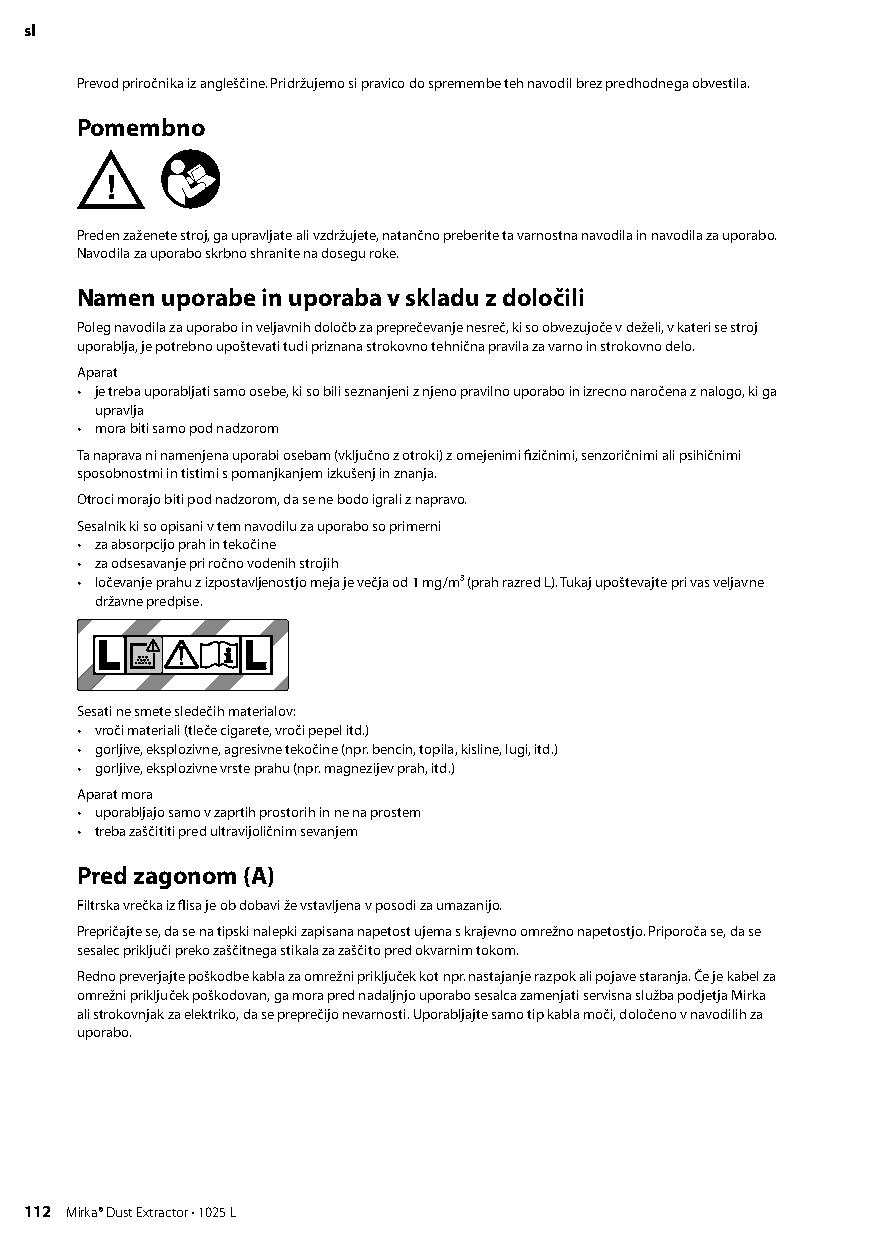
sl
 Prevod priročnika iz angleščine Pridržujemo si pravico do spremembe teh navodil brez predhodnega obvestila
 Pomembno
 Preden zaženete stroj, ga upravljate ali vzdržujete, natančno preberite ta varnostna navodila in navodila za uporabo
 Navodila za uporabo skrbno shranite na dosegu roke
 Namen uporabe in uporaba v skladu z določili
 Poleg navodila za uporabo in veljavnih določb za preprečevanje nesreč, ki so obvezujoče v deželi, v kateri se stroj
 uporablja, je potrebno upoštevati tudi priznana strokovno tehnična pravila za varno in strokovno delo
 Aparat
 • je treba uporabljati samo osebe, ki so bili seznanjeni z njeno pravilno uporabo in izrecno naročena z nalogo, ki ga
 upravlja
 • mora biti samo pod nadzorom
 Ta naprava ni namenjena uporabi osebam (vključno z otroki) z omejenimi fizičnimi, senzoričnimi ali psihičnimi
 sposobnostmi in tistimi s pomanjkanjem izkušenj in znanja
 Otroci morajo biti pod nadzorom, da se ne bodo igrali z napravo
 Sesalnik ki so opisani v tem navodilu za uporabo so primerni
 • za absorpcijo prah in tekočine
 • za odsesavanje pri ročno vodenih strojih
 • ločevanje prahu z izpostavljenostjo meja je večja od 1 mg/m³ (prah razred L) Tukaj upoštevajte pri vas veljavne
 državne predpise
 Sesati ne smete sledečih materialov:
 • vroči materiali (tleče cigarete, vroči pepel itd )
 • gorljive, eksplozivne, agresivne tekočine (npr bencin, topila, kisline, lugi, itd )
 • gorljive, eksplozivne vrste prahu (npr magnezijev prah, itd )
 Aparat mora
 • uporabljajo samo v zaprtih prostorih in ne na prostem
 • treba zaščititi pred ultravijoličnim sevanjem
 Pred zagonom (A)
 Filtrska vrečka iz flisa je ob dobavi že vstavljena v posodi za umazanijo
 Prepričajte se, da se na tipski nalepki zapisana napetost ujema s krajevno omrežno napetostjo Priporoča se, da se
 sesalec priključi preko zaščitnega stikala za zaščito pred okvarnim tokom
 Redno preverjajte poškodbe kabla za omrežni priključek kot npr nastajanje razpok ali pojave staranja Če je kabel za
 omrežni priključek poškodovan, ga mora pred nadaljnjo uporabo sesalca zamenjati servisna služba podjetja Mirka
 ali strokovnjak za elektriko, da se preprečijo nevarnosti Uporabljajte samo tip kabla moči, določeno v navodilih za
 uporabo
 112 Mirka® Dust Extractor • 1025 L